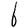
Character: b